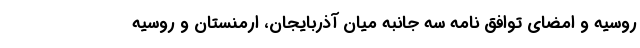
روسیه و امضای توافق نامه سه جانبه میان آذربایجان، ارمنستان و روسیه